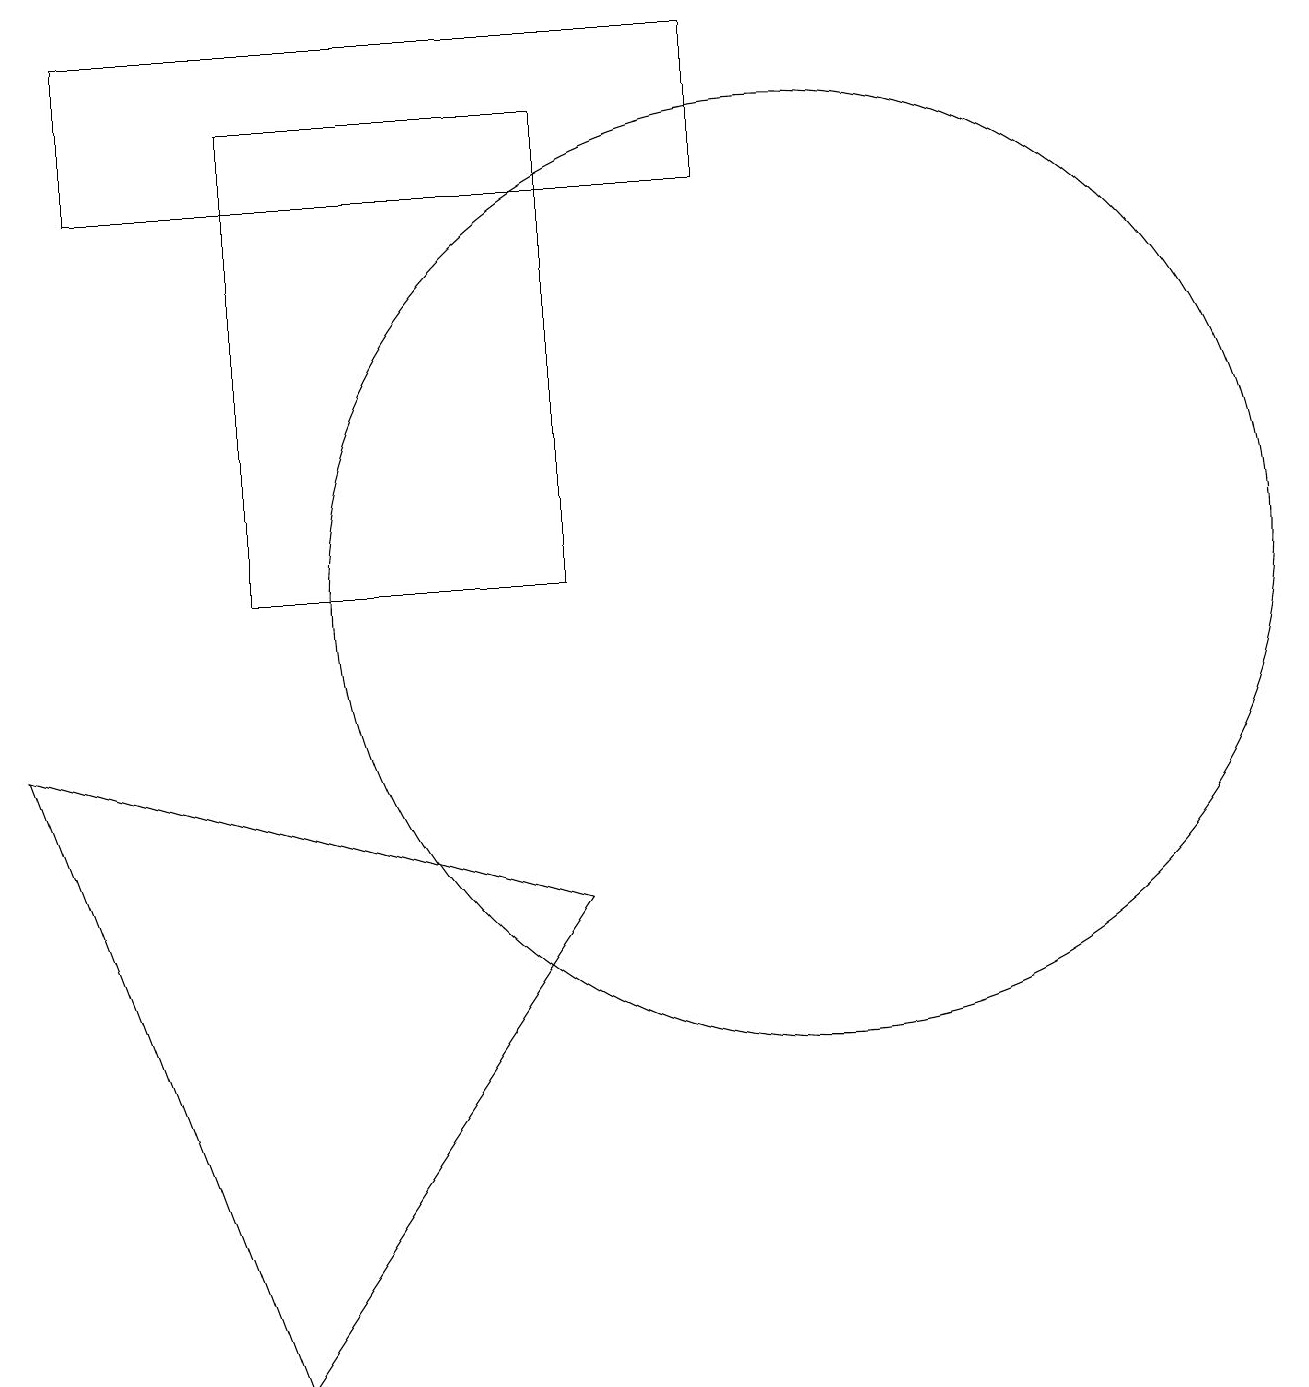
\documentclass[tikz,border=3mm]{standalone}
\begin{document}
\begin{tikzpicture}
\draw (3,11) rectangle (7,17);
\draw (9,18) rectangle (1,16);
\draw (10,11) circle (6);
\draw (3,1) -- (7,7) -- (0,9) -- cycle;
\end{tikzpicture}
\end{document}